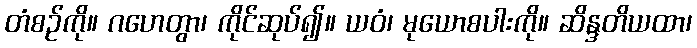
တံစဉ်ကို။ ဂဟေတွာ၊ ကိုင်ဆုပ်၍။ ယဝံ၊ မုယောစပါးကို။ ဆိန္ဒတိယထာ၊